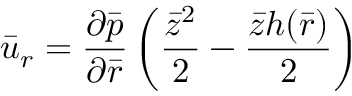
{ \bar { u } } _ { r } = \frac { { \partial } \bar { p } } { { \partial } \bar { r } } \left( \frac { { \bar { z } } ^ { 2 } } { 2 } - \frac { \bar { z } h ( \bar { r } ) } { 2 } \right)